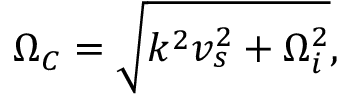
\begin{array} { r } { \Omega _ { C } = \sqrt { k ^ { 2 } v _ { s } ^ { 2 } + \Omega _ { i } ^ { 2 } } , } \end{array}